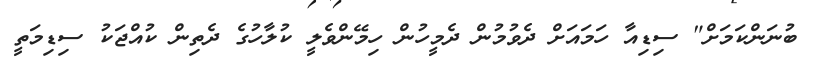
ބުނަންކަމަށް" ސިޑިއާ ހަމައަށް ދެވުމުން ދެމީހުން ހިމޭންވެލީ ކުލާހުގެ ދެތިން ކުއްޖަކު ސިޑިމަތީ